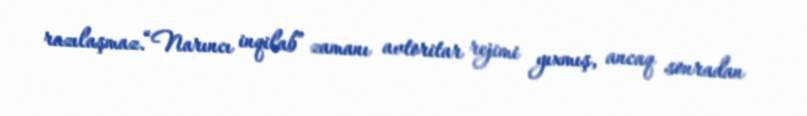
razılaşmaz.“Narıncı inqilab” zamanı avtoritar rejimi yıxmış, ancaq sonradan